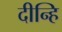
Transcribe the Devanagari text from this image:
दीन्हि